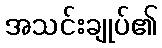
အသင်းချုပ်၏